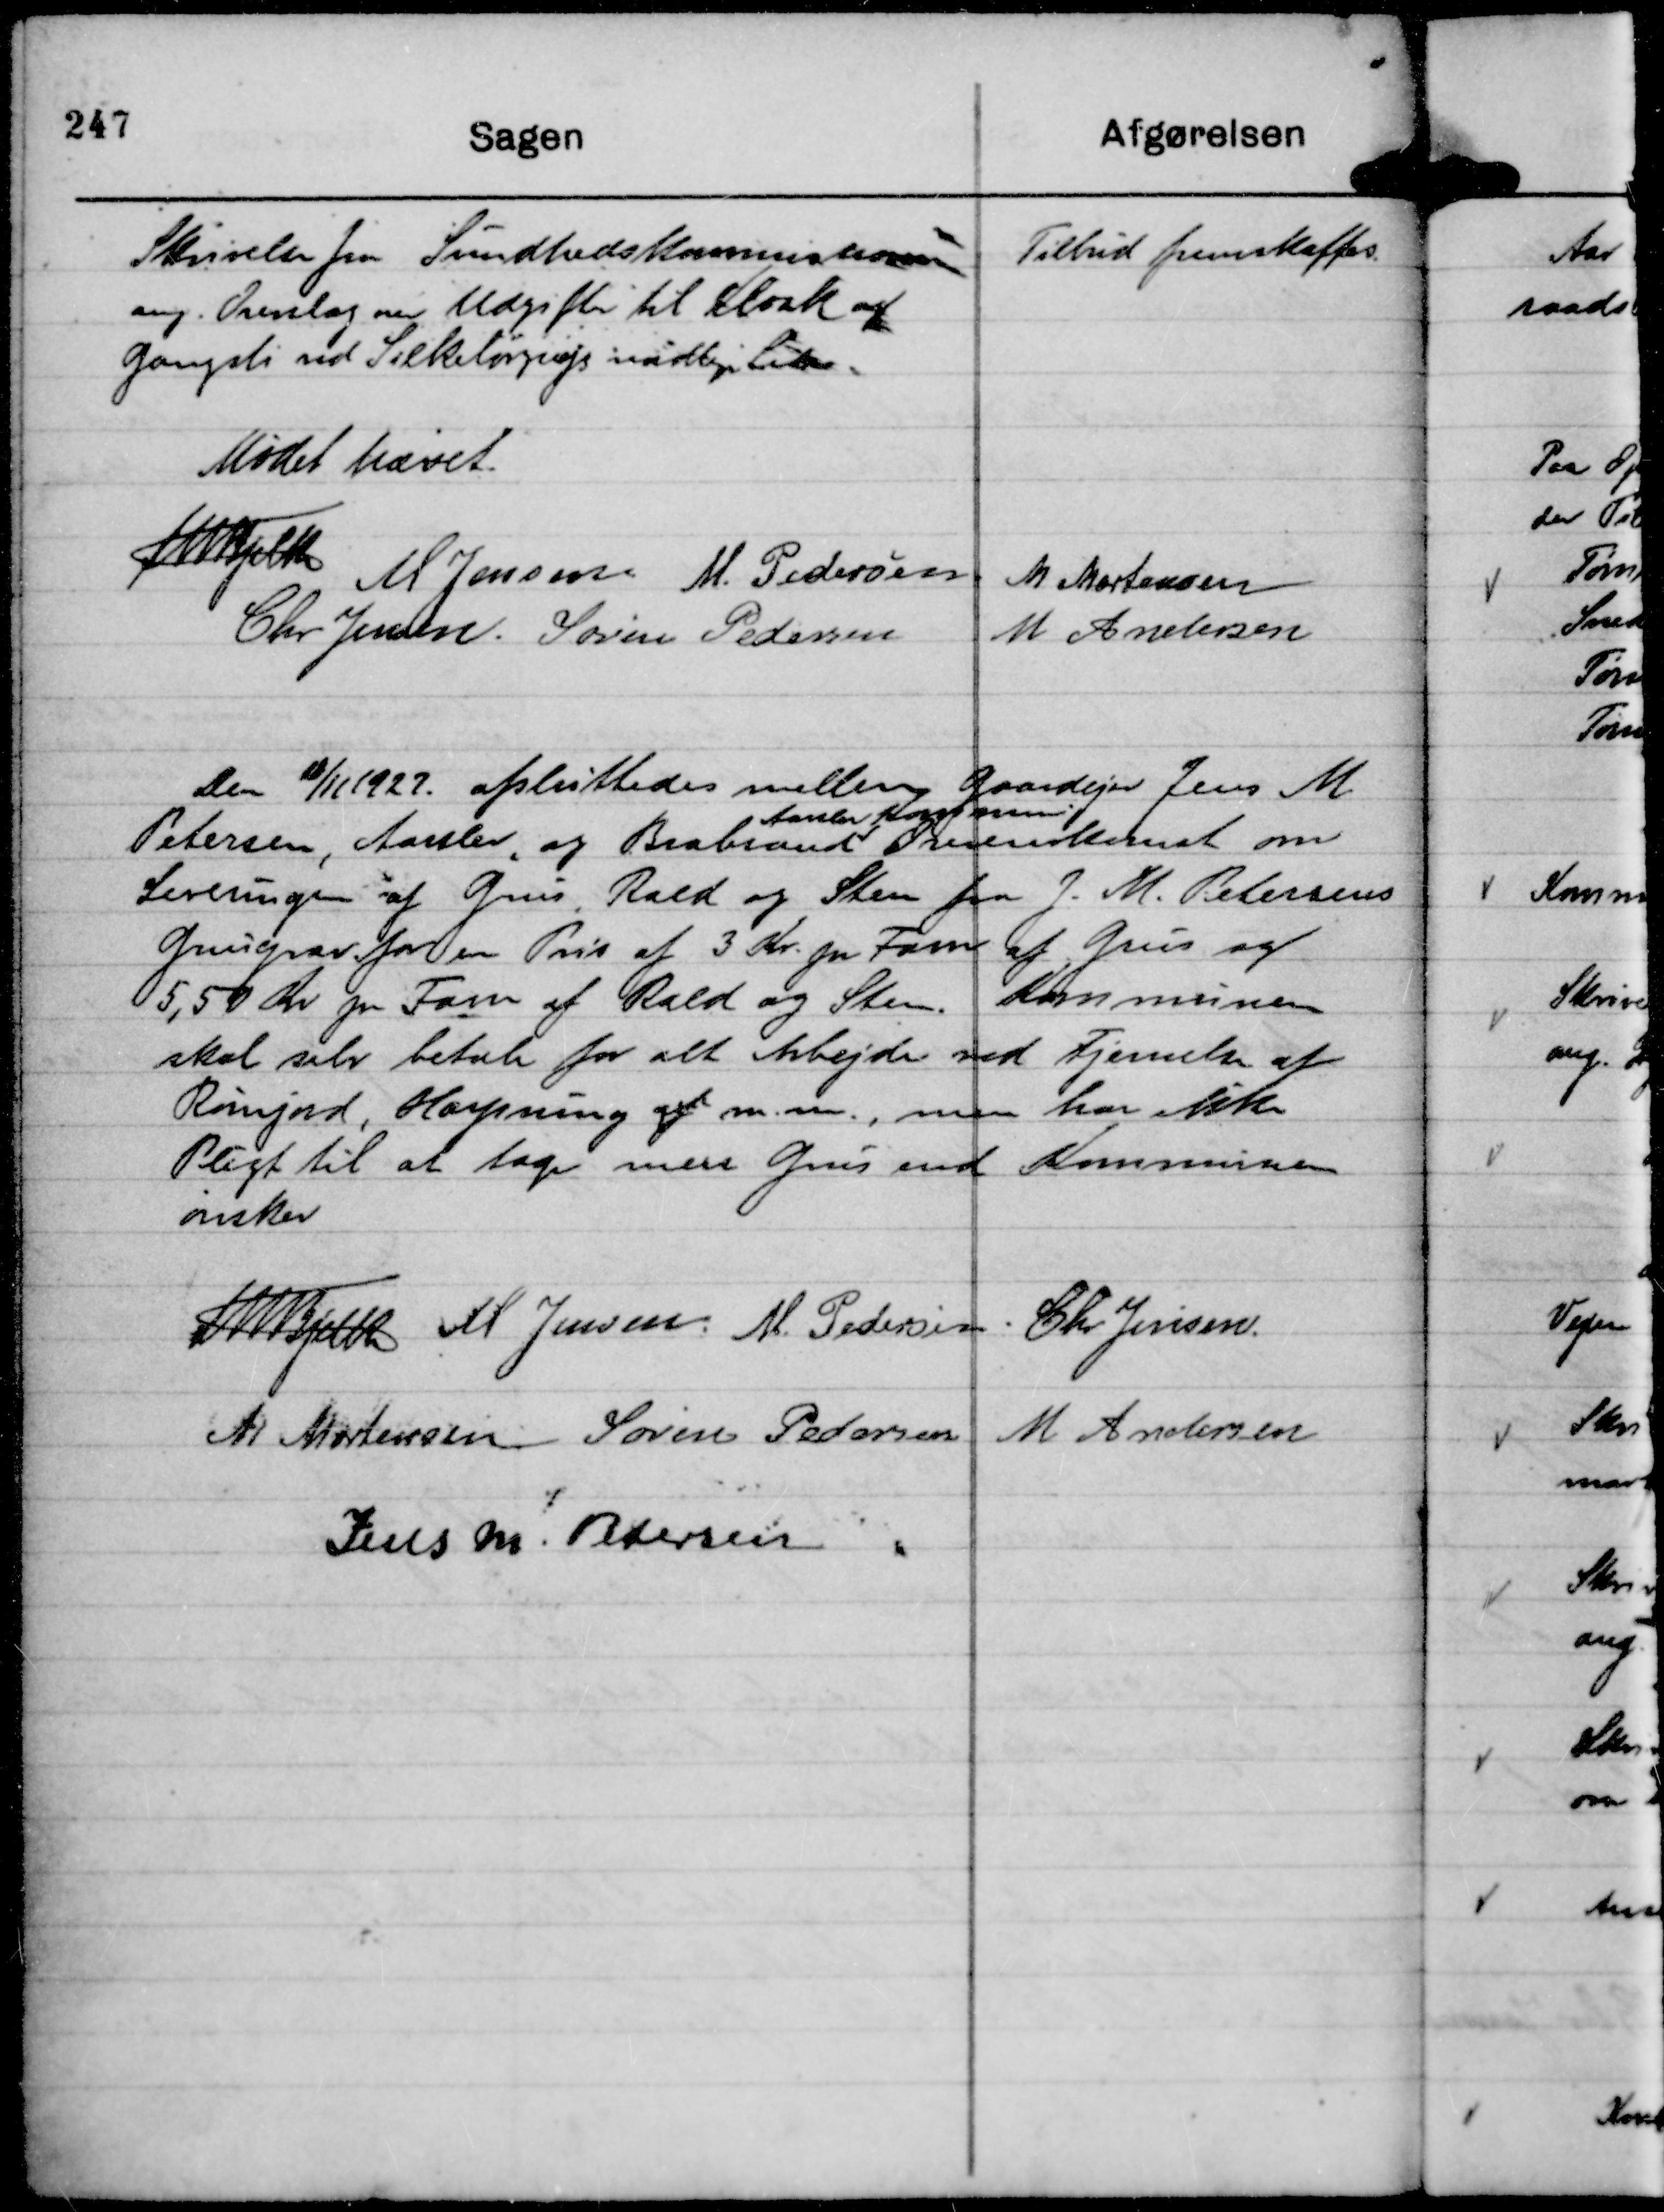
Transskription:
Skrivelse fra Sundhedskommissionen
ang. Overslag over Udgifter til Kloak og
Gangsti ved Silkeborgvejs nordlige Ende.

Tilbud fremskaffes.

Mødet hævet.
Th Bjelke
M Jensen
M. Pedersen
M Mortensen
Chr Jensen.
Søren Pedersen
M Andersen

Den 11/11 1927 afsluttedes mellem Gaardejer Jens M
Petersen, Aarslev, og Brabrand
Aarslev Kommune
Overenskomst om
Leveringen af Grus, Rald og Sten fra J. M. Petersens
Grusgrav for en Pris af 3 Kr. pr Favn af Grus og
5,50 Kr pr Favn af Rald og Sten. Kommunen
skal selv betale for alt Arbejde ved Fjernelse af
Rumjord, Harpning af m. m., men har ikke
Pligt til at tage mere Grus end Kommunen
ønsker

Th Bjelke
M Jensen.
M Pedersen.
Chr Jensen.
M Mortensen
Søren Pedersen
M Andersen
Jens M. Petersen